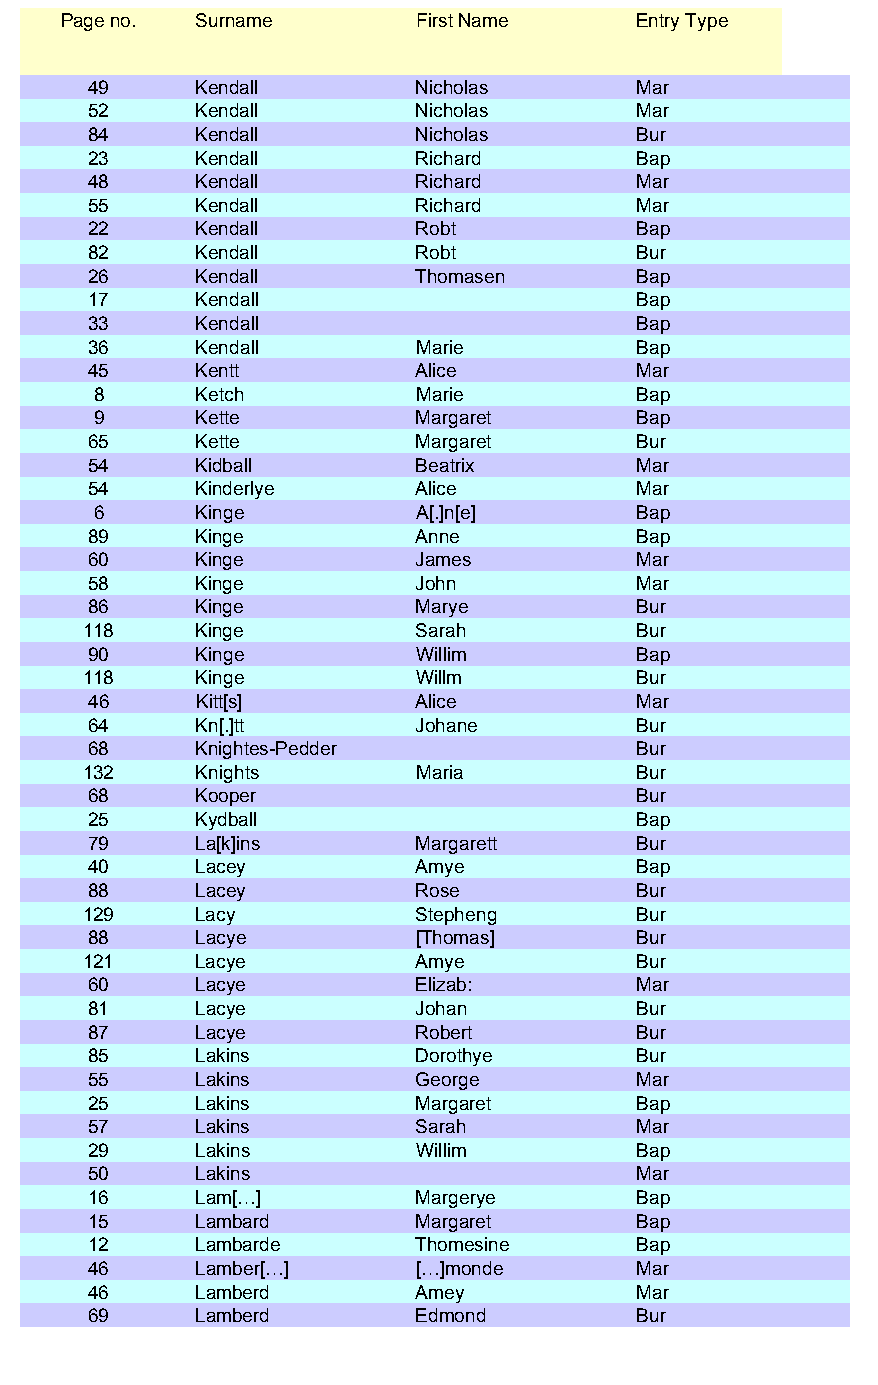
Page no. Surname        First Name    Entry Type
 49     Kendall        Nicholas      Mar
 52     Kendall        Nicholas      Mar
 84     Kendall        Nicholas      Bur
 23     Kendall        Richard       Bap
 48     Kendall        Richard       Mar
 55     Kendall        Richard       Mar
 22     Kendall        Robt          Bap
 82     Kendall        Robt          Bur
 26     Kendall        Thomasen      Bap
 17     Kendall                      Bap
 33     Kendall                      Bap
 36     Kendall        Marie         Bap
 45     Kentt          Alice         Mar
 8     Ketch          Marie         Bap
 9     Kette          Margaret      Bap
 65     Kette          Margaret      Bur
 54     Kidball        Beatrix       Mar
 54     Kinderlye      Alice         Mar
 6     Kinge          A[.]n[e]      Bap
 89     Kinge          Anne          Bap
 60     Kinge          James         Mar
 58     Kinge          John          Mar
 86     Kinge          Marye         Bur
 118    Kinge          Sarah         Bur
 90     Kinge          Willim        Bap
 118    Kinge          Willm         Bur
 46     Kitt[s]        Alice         Mar
 64     Kn[.]tt        Johane        Bur
 68     Knightes-Pedder              Bur
 132    Knights        Maria         Bur
 68     Kooper                       Bur
 25     Kydball                      Bap
 79     La[k]ins       Margarett     Bur
 40     Lacey          Amye          Bap
 88     Lacey          Rose          Bur
 129    Lacy           Stepheng      Bur
 88     Lacye          [Thomas]      Bur
 121    Lacye          Amye          Bur
 60     Lacye          Elizab:       Mar
 81     Lacye          Johan         Bur
 87     Lacye          Robert        Bur
 85     Lakins         Dorothye      Bur
 55     Lakins         George        Mar
 25     Lakins         Margaret      Bap
 57     Lakins         Sarah         Mar
 29     Lakins         Willim        Bap
 50     Lakins                       Mar
 16     Lam[…]         Margerye      Bap
 15     Lambard        Margaret      Bap
 12     Lambarde       Thomesine     Bap
 46     Lamber[…]      […]monde      Mar
 46     Lamberd        Amey          Mar
 69     Lamberd        Edmond        Bur